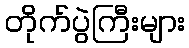
တိုက်ပွဲကြီးများ